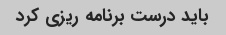
باید درست برنامه ریزی کرد